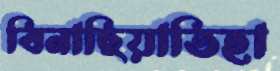
বিনাছিয়াতিহা